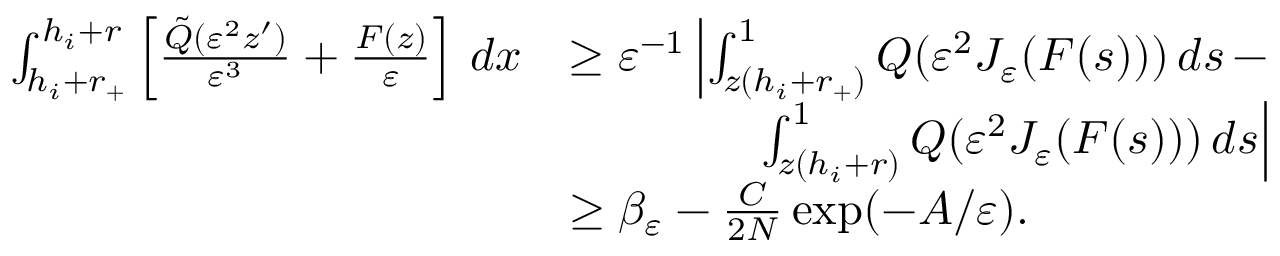
\begin{array} { r l } { \int _ { h _ { i } + r _ { + } } ^ { h _ { i } + r } \left[ \frac { \tilde { Q } ( \varepsilon ^ { 2 } z ^ { \prime } ) } { \varepsilon ^ { 3 } } + \frac { F ( z ) } { \varepsilon } \right] \, d x } & { \geq \varepsilon ^ { - 1 } \left| \int _ { z ( h _ { i } + r _ { + } ) } ^ { 1 } Q ( \varepsilon ^ { 2 } J _ { \varepsilon } ( F ( s ) ) ) \, d s \, - \right. } \\ & { \qquad \qquad \left. \int _ { z ( h _ { i } + r ) } ^ { 1 } Q ( \varepsilon ^ { 2 } J _ { \varepsilon } ( F ( s ) ) ) \, d s \right| } \\ & { \geq \beta _ { \varepsilon } - \frac { C } { 2 N } \exp ( - A / \varepsilon ) . } \end{array}